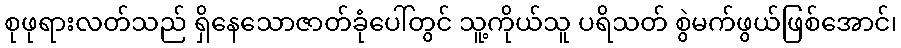
စုဖုရားလတ်သည် ရှိနေသောဇာတ်ခုံပေါ်တွင် သူ့ကိုယ်သူ ပရိသတ် စွဲမက်ဖွယ်ဖြစ်အောင်၊